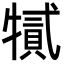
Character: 㹑